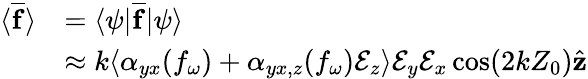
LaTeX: \begin{array}{rl}{\langle\overline{{\mathbf{f}}}\rangle}&{=\langle\psi|\overline{{\mathbf{f}}}|\psi\rangle}\\ &{\approx k\langle\alpha_{yx}(f_{\omega})+\alpha_{yx,z}(f_{\omega})\mathcal{E}_{z}\rangle\mathcal{E}_{y}\mathcal{E}_{x}\cos(2kZ_{0})\hat{\mathbf{z}}}\end{array}